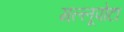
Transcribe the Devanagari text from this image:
मल्लूपोटा